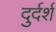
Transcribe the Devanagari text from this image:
दुर्दर्श